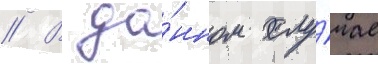
// В да́нном слу́чае